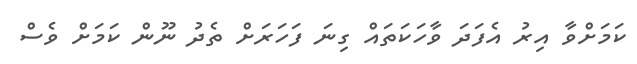
ކަމަށްވާ އިރު އެފަދަ ވާހަކަތައް ގިނަ ފަހަރަށް ތެދު ނޫން ކަމަށް ވެސް